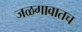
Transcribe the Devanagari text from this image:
जळगावातच